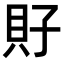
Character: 𧴯